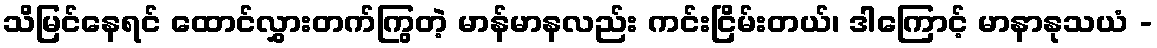
သိမြင်နေရင် ထောင်လွှားတက်ကြွတဲ့ မာန်မာနလည်း ကင်းငြိမ်းတယ်၊ ဒါကြောင့် မာနာနုသယံ -